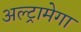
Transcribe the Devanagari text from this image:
अल्ट्रामेगा